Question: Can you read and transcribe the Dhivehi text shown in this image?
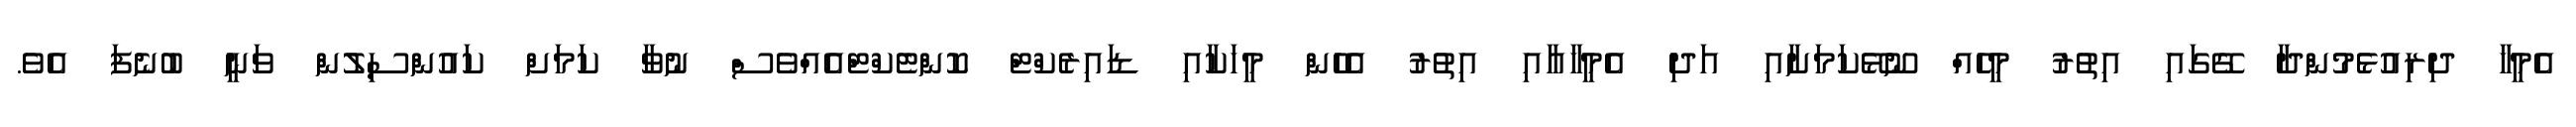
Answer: އެމީހާ ދިރިއުޅެމުންދާ ގޭގައި އިތުރު މީހެއް ނޫޅޭކަމަށާއި އަދި އެމީހާއާއި އިތުރު އެހެން މީހަކާއި ޑައިރެކްޓް ކޮންޓެކްޓްއެއްވެސް ނުވާ ކަމަށް ކައުންސިލުން ވަނީ ބުނެފަ އެވެ.